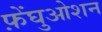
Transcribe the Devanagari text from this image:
फ़ेंघुओशन